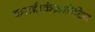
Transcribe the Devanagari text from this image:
कराई।कंज़रवेटिव